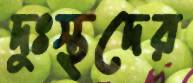
দুঃস্থদের